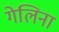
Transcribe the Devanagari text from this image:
गेलिना